Vaccine operations Central Provinces & Berar 1912-1920 - 1912-1920
Year: 1912
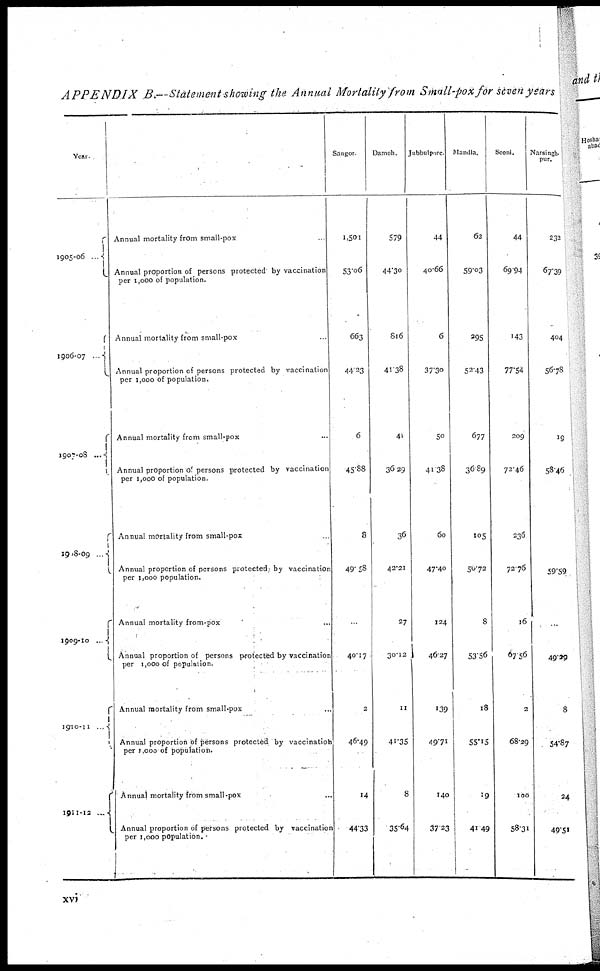
APPENDIX
B.—Statement showing the Annual Mortality from Small-pox for seven years
Year.
1905-06 ...
1906-07 ...
1907.08 ...
1918-09 ...
1909-10 ...
1910-11 ...
1911-12...
Annual mortality from small-pox ...
Annual proportion of persons protected by vaccination
per 1,000 of population.
Annual mortality from small-pox ...
Annual proportion of persons protected by vaccination
per 1,000 of population.
Annual mortality from small-pox ...
Annual proportion of persons protected by vaccination
per 1,000 of population.
Annual mortality from small-pox ...
Annual proportion of persons protected by vaccination
per 1,000 population.
Annual mortality from-pox ...
Annual proportion of persons protected by vaccination
per 1,000 of population.
Annual mortality from small-pox ...
Annual proportion of persons protected by vaccination
per 1,000 of population.
Annual mortality from small-pox ...
Annual proportion of persons protected by vaccination
per 1,000 population.
Saugor.
1,501
53.06
663
44.23
6
45.88
8
49.58
...
40.17
2
46.49
14
44.33
Damoh.
579
44.30
816
41.38
41
36.29
36
42.21
27
30.12
11
41.35
8
35.64
Jubbulpore.
44
40.66
6
37.30
50
41.38
60
47.40
124
46.27
139
49.71
140
37.23
Mandla.
62
59.03
295
52.43
677
36.89
105
50.72
8
53.56
18
55.15
19
41.49
Seoni.
44
69.94
143
77.54
209
72.46
236
72.76
16
67.56
2
68.29
100
58.31
Narsingh¬
pur.
232
67.39
404
56.78
19
58.46
...
59.59
...
49.29
8
54.87
24
49.51
xvi